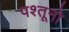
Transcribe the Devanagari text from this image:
पश्तूनो